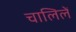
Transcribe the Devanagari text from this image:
चालिलें